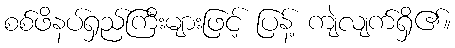
စစ်ဖိနပ်ရှည်ကြီးများဖြင့် ပြန့် ကျဲလျက်ရှိ၏။